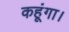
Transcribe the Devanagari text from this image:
कहूंगा।